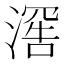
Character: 𬈯